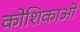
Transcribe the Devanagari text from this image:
कोशिकाऒ